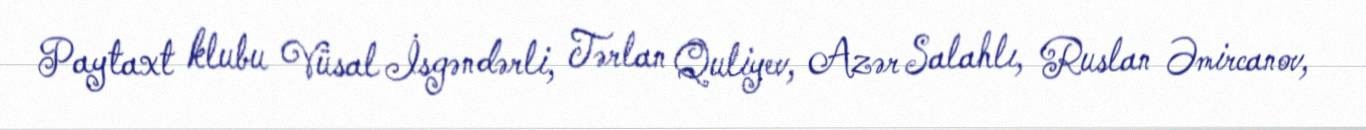
Paytaxt klubu Vüsal İsgəndərli, Tərlan Quliyev, Azər Salahlı, Ruslan Əmircanov,